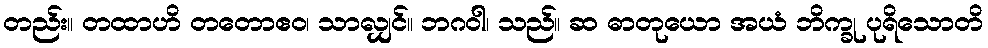
တည်း။ တထာဟိ တတောဧဝ၊ သာလျှင်။ ဘဂဝါ၊ သည်။ ဆ ဓာတုယော အယံ ဘိက္ခု ပုရိသောတိ